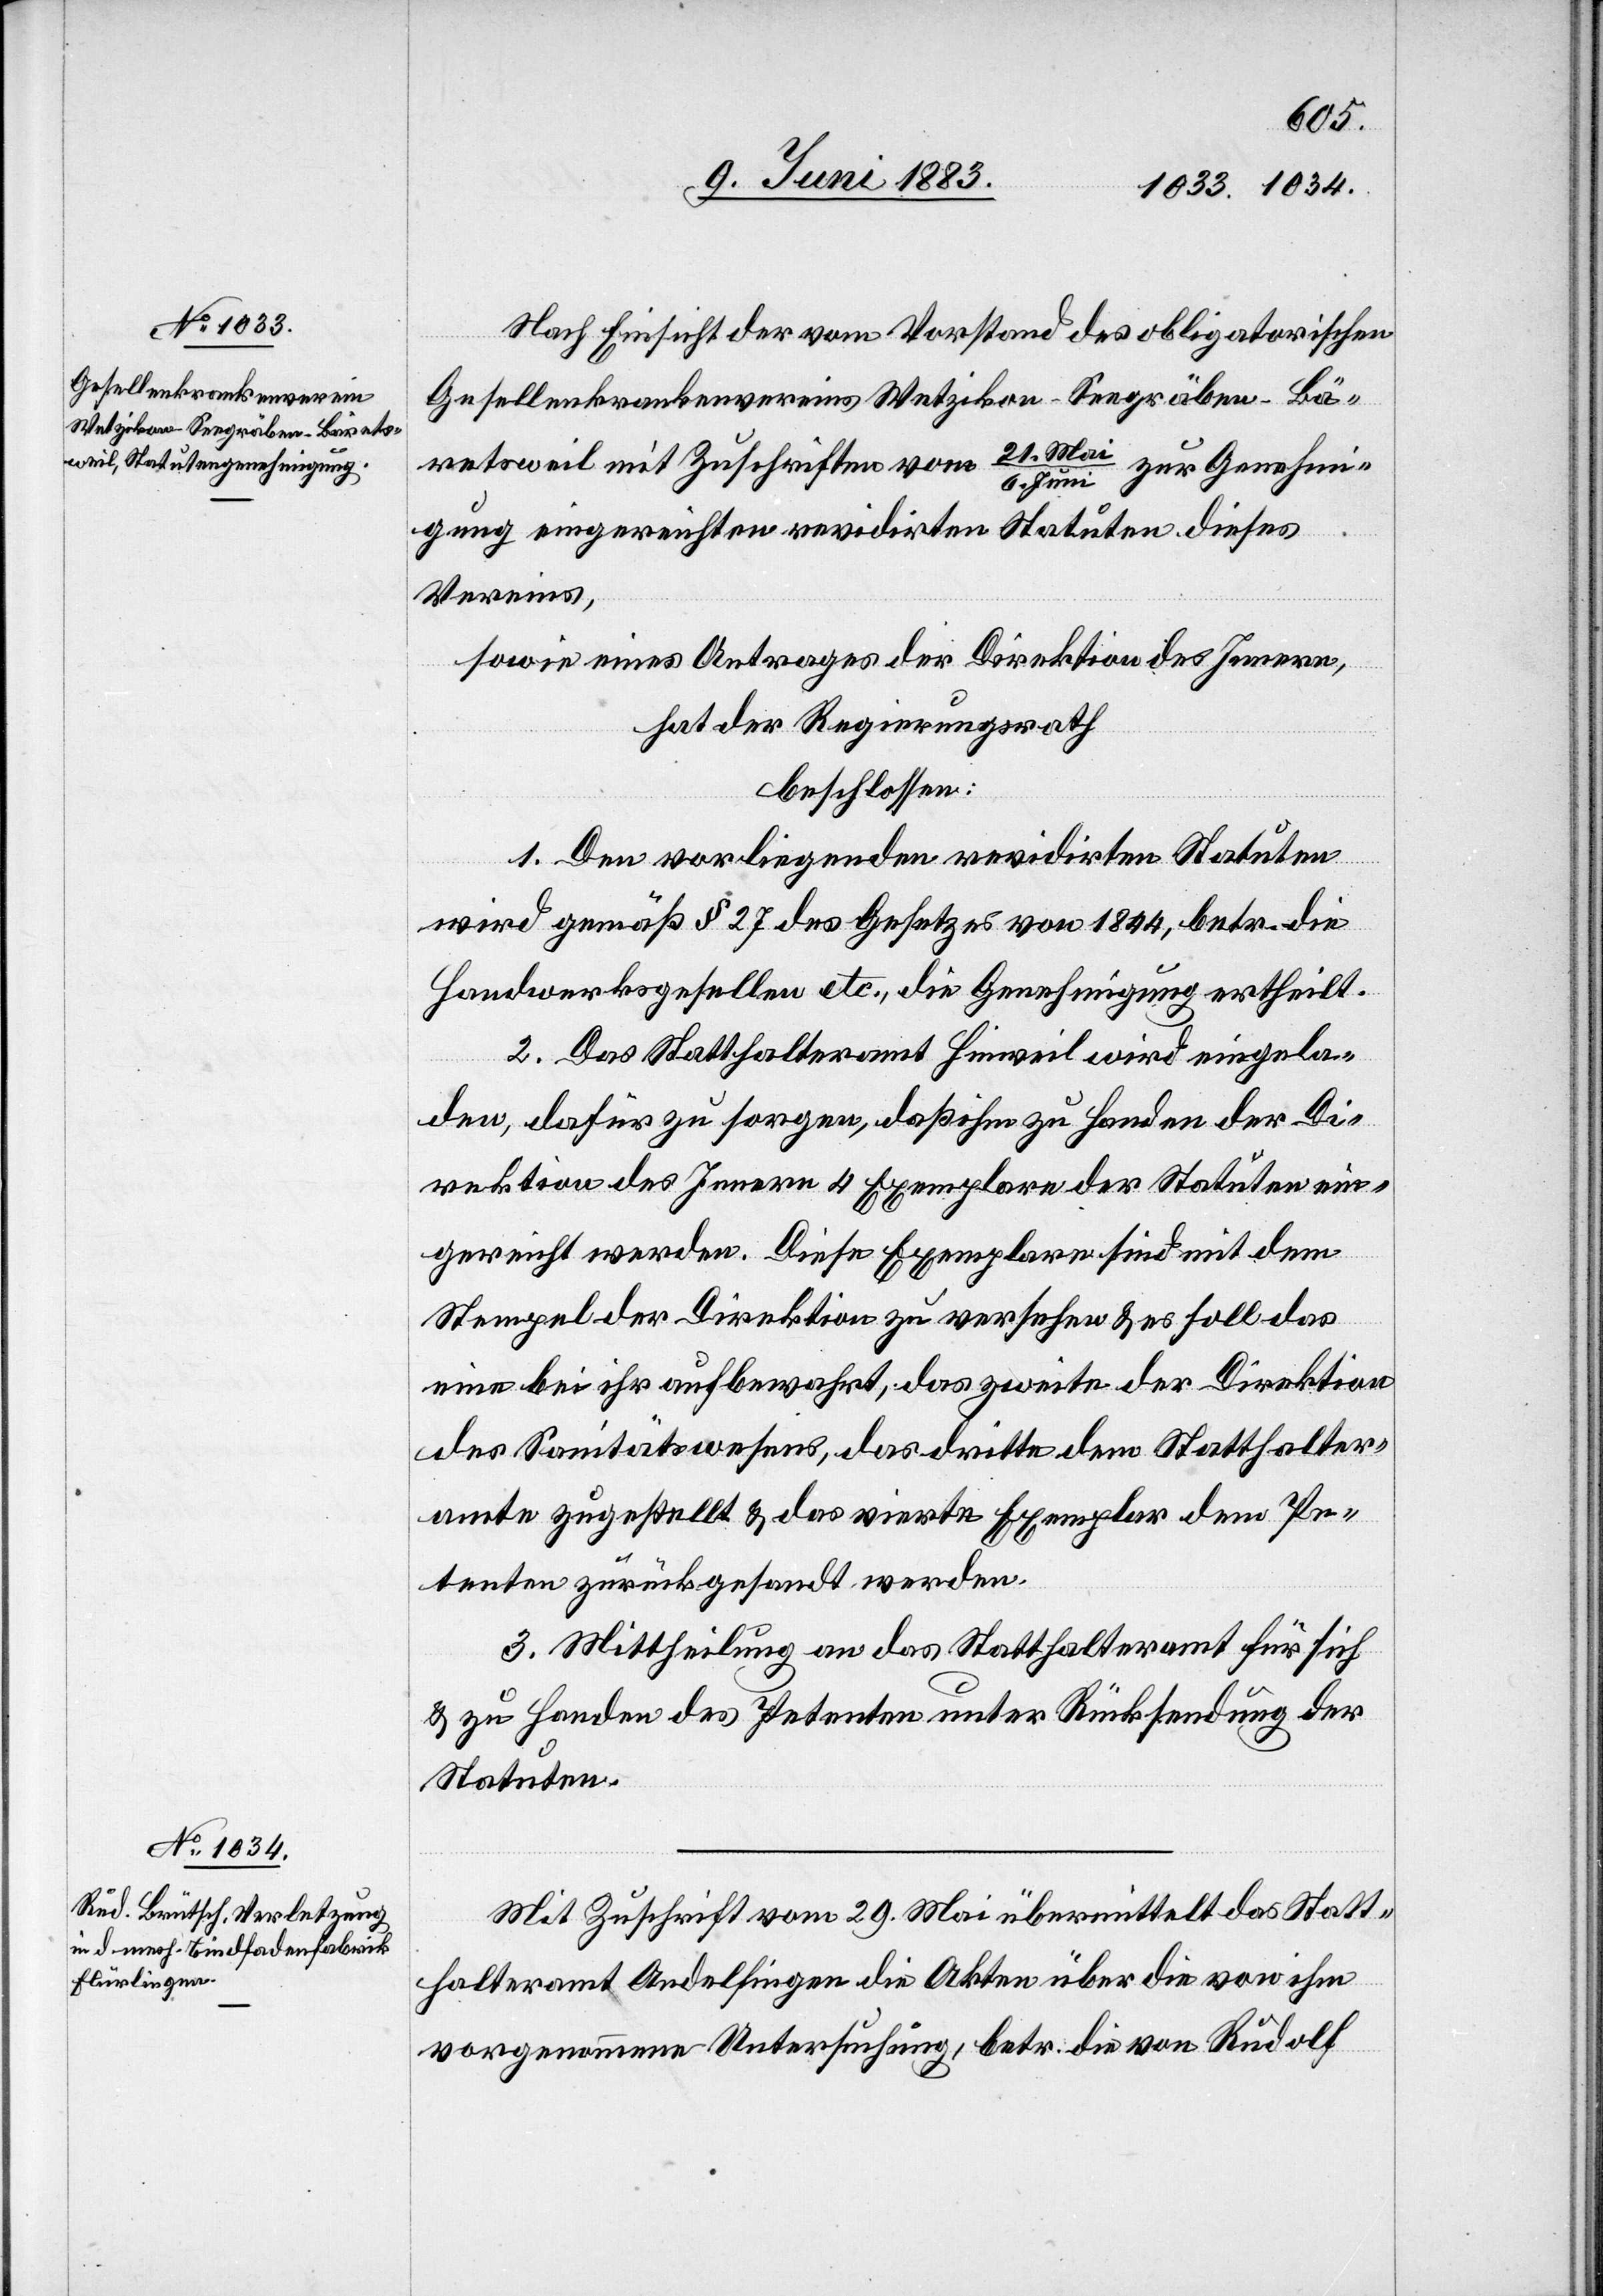
Nach Einsicht der vom Vorstand des obligatorischen
Gesellenkrankenvereins Wetzikon-Seegräben-Bä¬
retsweil mit Zuschriften vom 21.
Juni zur Genehmi¬
gung eingereichten revidirten Statuten dieses
Vereins,
sowie eines Antrages der Direktion des Innern,
hat der Regierungsrath,
beschlossen:
1. Den vorliegenden revidirten Statuten
wird gemäß § 27 des Gesetzes von 1844, betr. die
Handwerksgesellen etc., die Genehmigung ertheilt.
2. Das Statthalteramt Hinweil wird eingela¬
den, dafür zu sorgen, daß ihm zu Handen der Di¬
rektion des Innern 4 Exemplare der Statuten ein¬
gereicht werden. Diese Exemplare sind mit dem
Stempel der Direktion zu versehen & es soll das
eine bei ihr aufbewahrt, das zweite der Direktion
des Sanitätswesens, das dritte dem Statthalter¬
amte zugestellt & das vierte Exemplar dem Pe¬
tenten zurückgesandt werden.
3. Mittheilung an das Statthalteramt für sich
& zu Handen des Petenten unter Rücksendung der
Statuten.
Mit Zuschrift vom 29. Mai übermittelt das Statt¬
halteramt Andelfingen die Akten über die von ihm
vorgenommene Untersuchung, betr. die von Rudolf